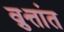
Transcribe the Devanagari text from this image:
व्रुत्तांत